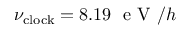
\nu _ { \mathrm { c l o c k } } = 8 . 1 9 ~ \mathrm { ~ e ~ V ~ } / h